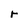
Character: r